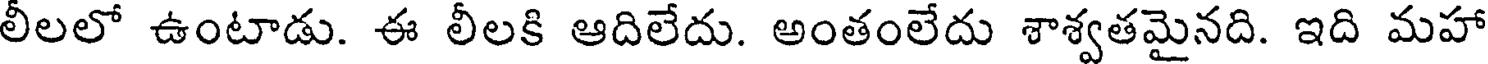
లీలలో ఉంటాడు. ఈ లీలకి ఆదిలేదు. అంతంలేదు శాశ్వతమైనది. ఇది మహా